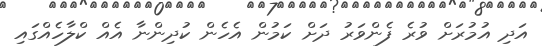
އަދި އުމުރަށް ވުރެ ފެންވަރު ދަށް ކަމުން އެހެން ކުދިންނާ އެއް ކްލާހެއްގައި